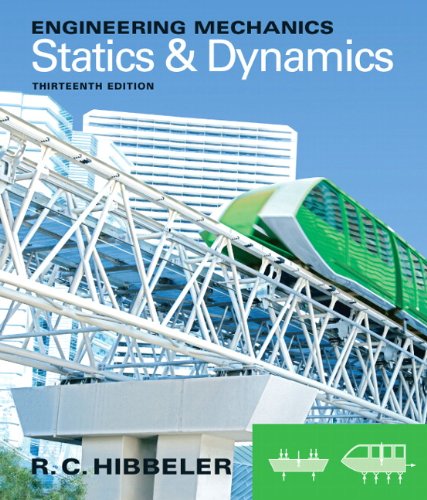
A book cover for Engineering Mechanics: Statics & Dynamics (13th Edition); Russell C. Hibbeler; Science & Math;